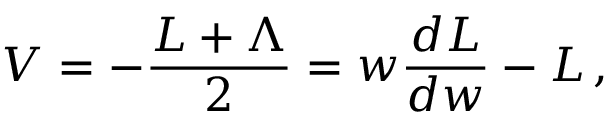
V = - { \frac { { \cal L } + \Lambda } { 2 } } = w { \frac { d { \cal L } } { d w } } - { \cal L } \, ,